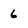
Character: 6